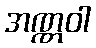
အဏ္ဏဝါ